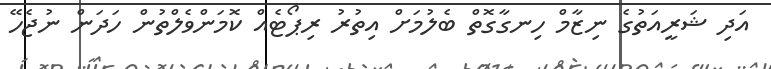
އަދި ޝަރީއަތުގެ ނިޒާމް ހިނގާގޮތް ބެލުމަށް އިތުރު ރިޕޯޓެއް ކޮމަންވެލްތުން ހަދަން ނުޖެހޭ